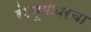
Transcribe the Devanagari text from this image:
रंगभूमीवरचा